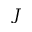
J